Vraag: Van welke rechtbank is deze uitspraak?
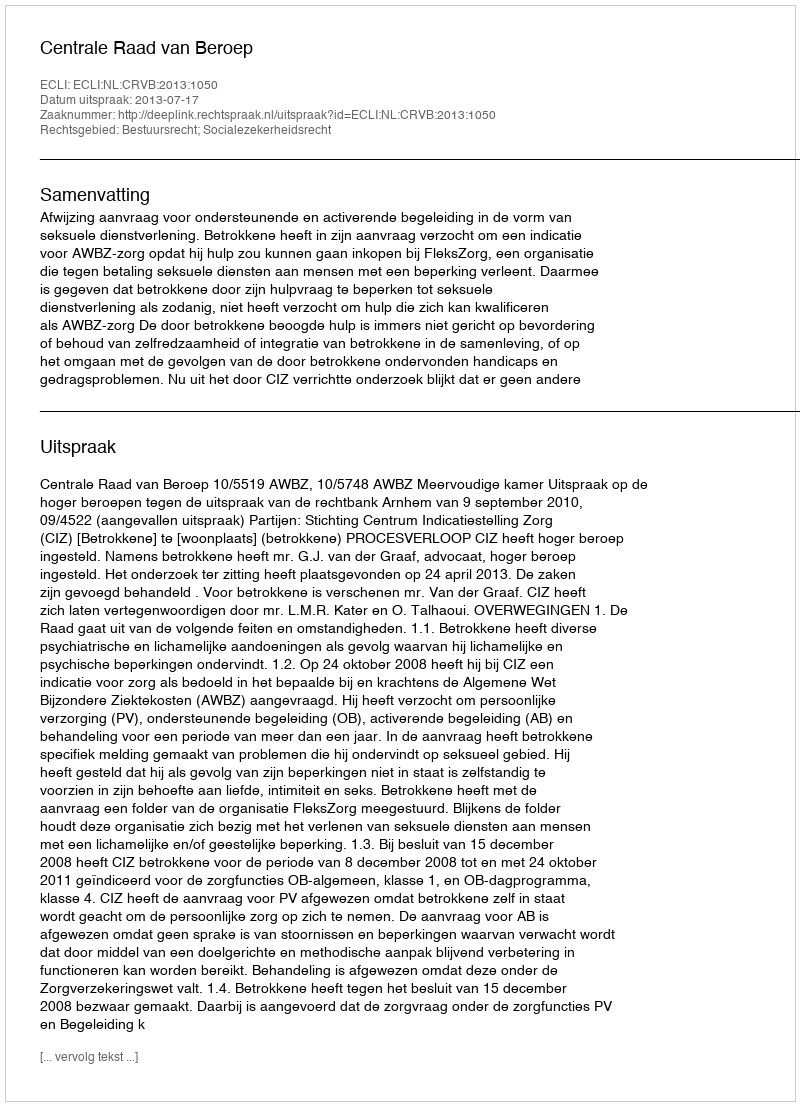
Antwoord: Centrale Raad van Beroep